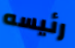
رئيسه